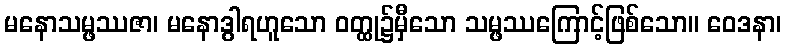
မနောသမ္ဖဿဇာ၊ မနောဒွါရဟူသော ဝတ္ထု၌မှီသော သမ္ဖဿကြောင့်ဖြစ်သော။ ဝေဒနာ၊